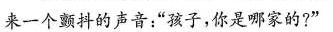
来一个颤抖的声音：”孩子，你是哪家的?”